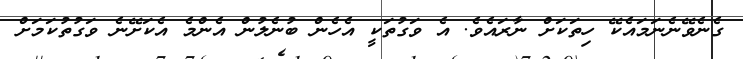
ގެނެވޭނެނަމައެކޭ ހިތަކަށް ނާރައެވެ. އެ ވަގުތަކީ އެހެން ބުނެލުން އެންމެ އެކަށޭނެ ވަގުތުކަމަށް